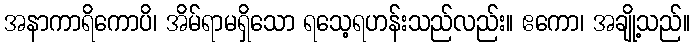
အနာကာရိကောပိ၊ အိမ်ရာမရှိသော ရသေ့ရဟန်းသည်လည်း။ ဧကော၊ အချို့သည်။